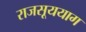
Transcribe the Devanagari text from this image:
राजसूययाग